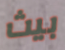
بيث